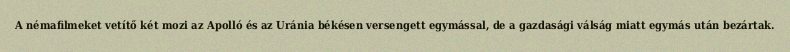
A némafilmeket vetítő két mozi az Apolló és az Uránia békésen versengett egymással, de a gazdasági válság miatt egymás után bezártak.